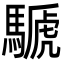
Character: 𩤽